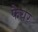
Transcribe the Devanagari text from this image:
फैयर